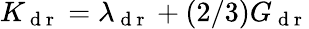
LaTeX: K_{\mathrm{~d~r~}}=\lambda_{\mathrm{~d~r~}}+(2/3)G_{\mathrm{~d~r~}}